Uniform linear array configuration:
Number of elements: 12
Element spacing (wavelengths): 0.75
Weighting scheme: binomial
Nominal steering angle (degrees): -45
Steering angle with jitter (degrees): -46.655
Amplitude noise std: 0.05
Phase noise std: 0.05

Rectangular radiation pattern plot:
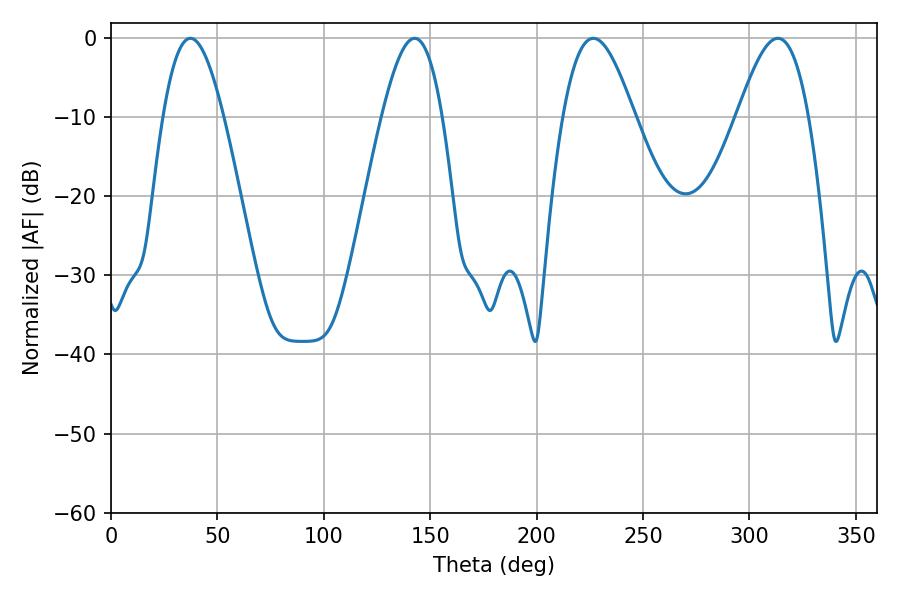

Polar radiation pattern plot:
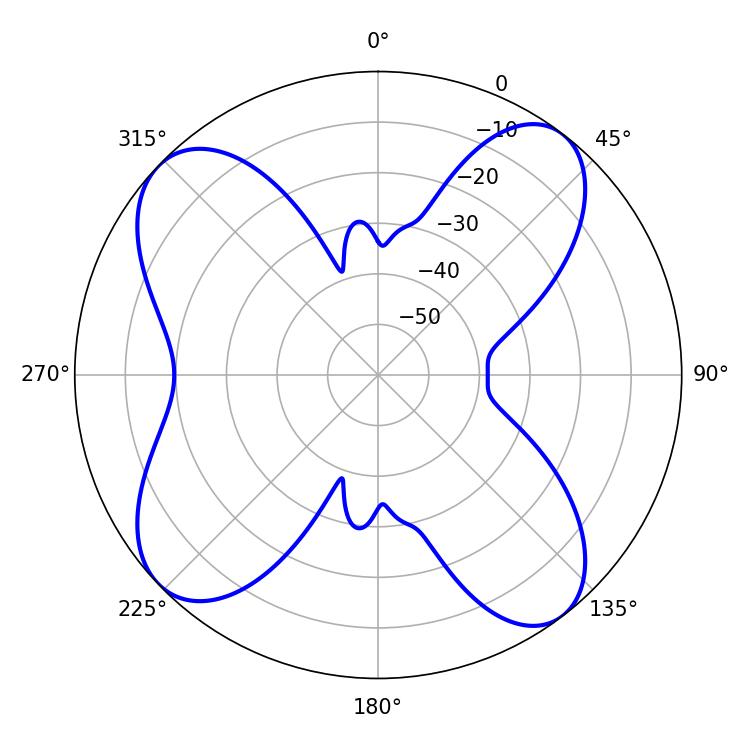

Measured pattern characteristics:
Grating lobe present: TRUE
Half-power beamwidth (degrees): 18.18
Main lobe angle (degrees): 226.62